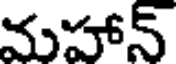
మహాన్